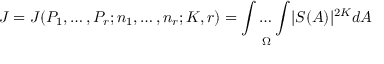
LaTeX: J = J ( P _ { 1 } , \dots , P _ { r } ; n _ { 1 } , \dots , n _ { r } ; K , r ) = { \underset { \Omega } { \int \dots \int } } | S ( A ) | ^ { 2 K } d A